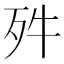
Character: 𣧘